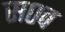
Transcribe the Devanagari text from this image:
स०व